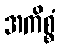
အကိစ္စံ